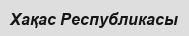
Хақас Республикасы